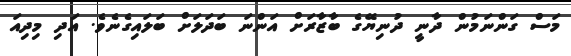
މަސް ގަންނަމުން ދާނީ ދުނިޔޭގެ ބާޒާރަށް އަންނަ ބަދަލަށް ބަލައިގެނެވެ. އަދި މިދިއަ